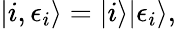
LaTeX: |i,\epsilon_{i}\rangle=|i\rangle|\epsilon_{i}\rangle,